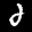
Label: 2